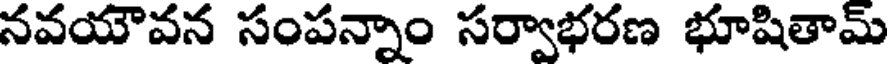
నవయౌవన సంపన్నాం సర్వాభరణ భూషితామ్